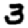
Digit: 3